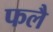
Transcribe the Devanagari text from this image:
फलै